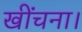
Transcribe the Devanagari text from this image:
खींचना।